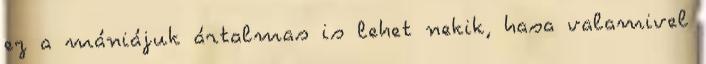
ez a mániájuk ártalmas is lehet nekik, hasa valamivel